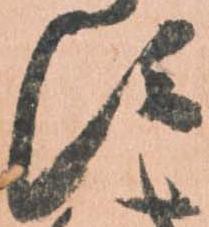
す